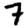
Digit: 7